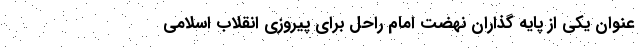
عنوان یکی از پایه گذاران نهضت امام راحل برای پیروزی انقلاب اسلامی